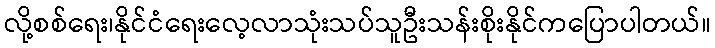
လို့စစ်ရေး၊နိုင်ငံရေးလေ့လာသုံးသပ်သူဦးသန်းစိုးနိုင်ကပြောပါတယ်။